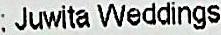
: JUWITA WEDDINGS